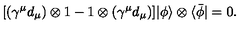
\lbrack ( \gamma ^ { \mu } { d } _ { \mu } ) \otimes 1 - 1 \otimes ( \gamma ^ { \mu } { d } _ { \mu } ) ] | \phi \rangle \otimes \langle \bar { \phi } | = 0 .